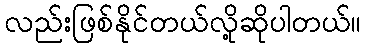
လည်းဖြစ်နိုင်တယ်လို့ဆိုပါတယ်။